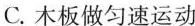
C.木板做匀速运动